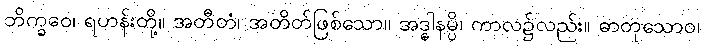
ဘိက္ခဝေ၊ ရဟန်းတို့။ အတီတံ၊ အတိတ်ဖြစ်သော။ အဒ္ဓါနမ္ပိ၊ ကာလ၌လည်း။ ဓာတုသောဝ၊